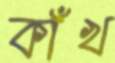
কাঁখ